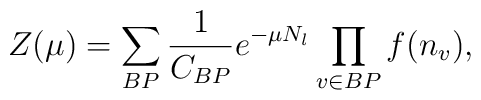
Z(\mu) = \sum_{BP} \frac{1}{C_{BP}}e^{-\mu N_{l}}\prod_{v\in BP}f(n_v),